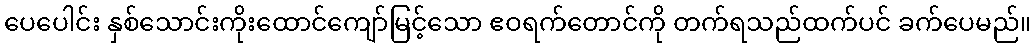
ပေပေါင်း နှစ်သောင်းကိုးထောင်ကျော်မြင့်သော ဧဝရက်တောင်ကို တက်ရသည်ထက်ပင် ခက်ပေမည်။